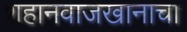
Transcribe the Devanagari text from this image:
शहानवाजखानाचा